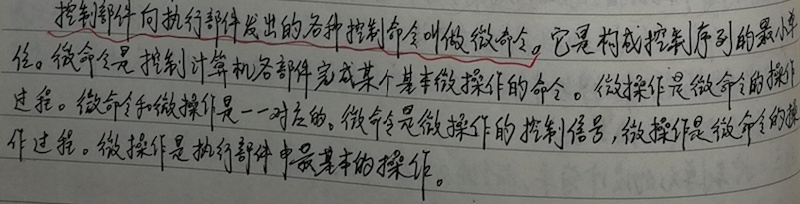
控制部件向执行部件发出的各种控制命令叫做微命令。它是构成控制序列的最小单位。微命令是控制计算机各部件完成某个基本微操作的命令。微操作是微命令的操作过程。微命令和微操作是一一对应的。微命令是微操作的控制信号，微操作是微命令的操作过程。微操作是执行部件中最基本的操作。